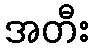
အတီး